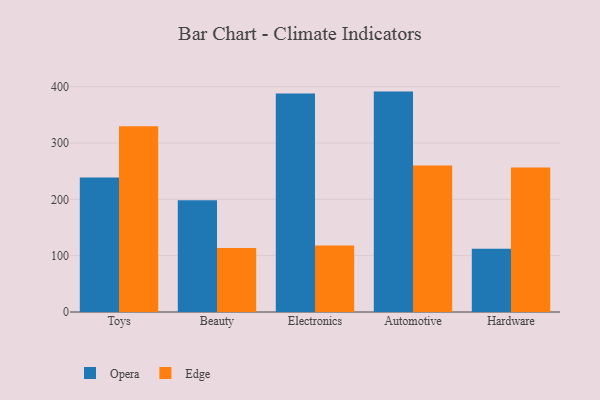
{"axis": {"x": "Category", "y": "Satisfaction Score"}, "legend": ["Edge", "Opera"], "data": [{"x": "Toys", "y": 239.0, "type": "Opera"}, {"x": "Toys", "y": 329.7, "type": "Edge"}, {"x": "Beauty", "y": 198.5, "type": "Opera"}, {"x": "Beauty", "y": 113.5, "type": "Edge"}, {"x": "Electronics", "y": 387.9, "type": "Opera"}, {"x": "Electronics", "y": 117.9, "type": "Edge"}, {"x": "Automotive", "y": 391.3, "type": "Opera"}, {"x": "Automotive", "y": 260.3, "type": "Edge"}, {"x": "Hardware", "y": 112.4, "type": "Opera"}, {"x": "Hardware", "y": 256.7, "type": "Edge"}]}